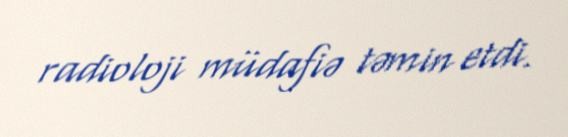
radioloji müdafiə təmin etdi.